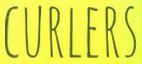
CURLERS